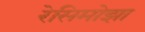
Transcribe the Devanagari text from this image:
रेसिमोझा